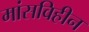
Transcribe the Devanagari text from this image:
मांसविहीन